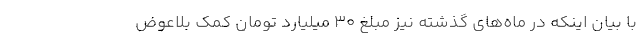
با بیان اینکه در ماه‌های گذشته نیز مبلغ ۳۰ میلیارد تومان کمک بلاعوض